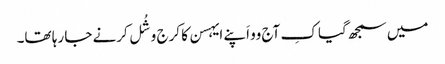
میں سمجھ گیا کِ آج وو اَپنے ایہسن کا کرج وشُل کرنے جا رہا تھا۔